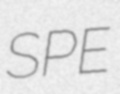
SPE